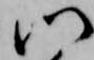
門